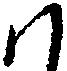
ハ